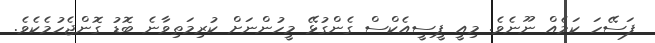
ފަސޭހަ ކަމެއް ނޫނެވެ. މިއީ ޕީސީއެކްސް ގެންގުޅޭ މީހުންނަށް ކުރިމަތިވާނެ ބޮޑު ގޮންޖެހުމެކެވެ.